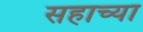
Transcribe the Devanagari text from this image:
सहाच्या